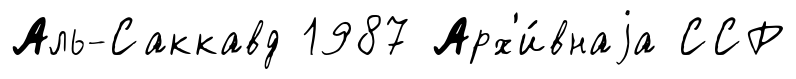
Аль-Саккавд 1987 Арх'и́внаjа ССР